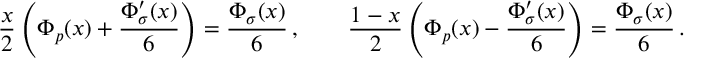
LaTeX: \frac { x } { 2 } \left( \Phi _ { p } ( x ) + \frac { \Phi _ { \sigma } ^ { \prime } ( x ) } { 6 } \right) = \frac { \Phi _ { \sigma } ( x ) } { 6 } \, , \qquad \frac { 1 - x } { 2 } \left( \Phi _ { p } ( x ) - \frac { \Phi _ { \sigma } ^ { \prime } ( x ) } { 6 } \right) = \frac { \Phi _ { \sigma } ( x ) } { 6 } \, .